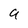
Character: a